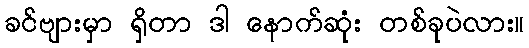
ခင်ဗျားမှာ ရှိတာ ဒါ နောက်ဆုံး တစ်ခုပဲလား။